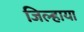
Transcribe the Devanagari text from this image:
जिल्हाया